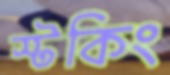
স্টকিং